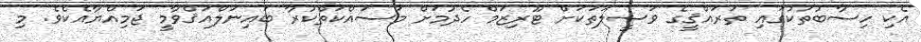
އެކި ހިސާބުތަކުގައި ތަރައްޤީގެ ވަޞީލަތަކަށް ޓޫރިޒަމް ހެދުމަށް މަސައްކަތްކުރާ ބައިނަލްއަޤްވާމީ ޖަމިއްޔާއެކެވެ. މި